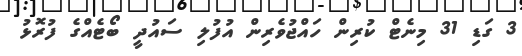
3 ގަޑި 31 މިނެޓް ކުރިން ހައްޖުވެރިން އުފުލި ސައުދީ ބޯޓެއްގެ ފުރޮޅު